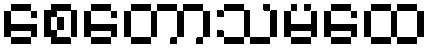
စေတောသမထေ